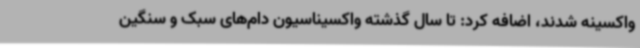
واکسینه شدند، اضافه کرد: تا سال گذشته واکسیناسیون دام‌های سبک و سنگین